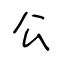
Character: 公